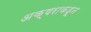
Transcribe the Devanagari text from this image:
अक्षराकडून